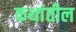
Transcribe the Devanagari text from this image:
कथांतील